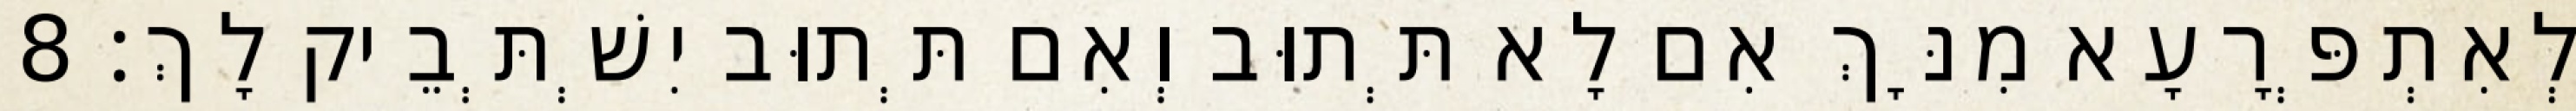
לְאִתְפְּרָעָא מִנָּךְ אִם לָא תְּתוּב וְאִם תְּתוּב יִשְׁתְּבֵיק לָךְ׃ 8